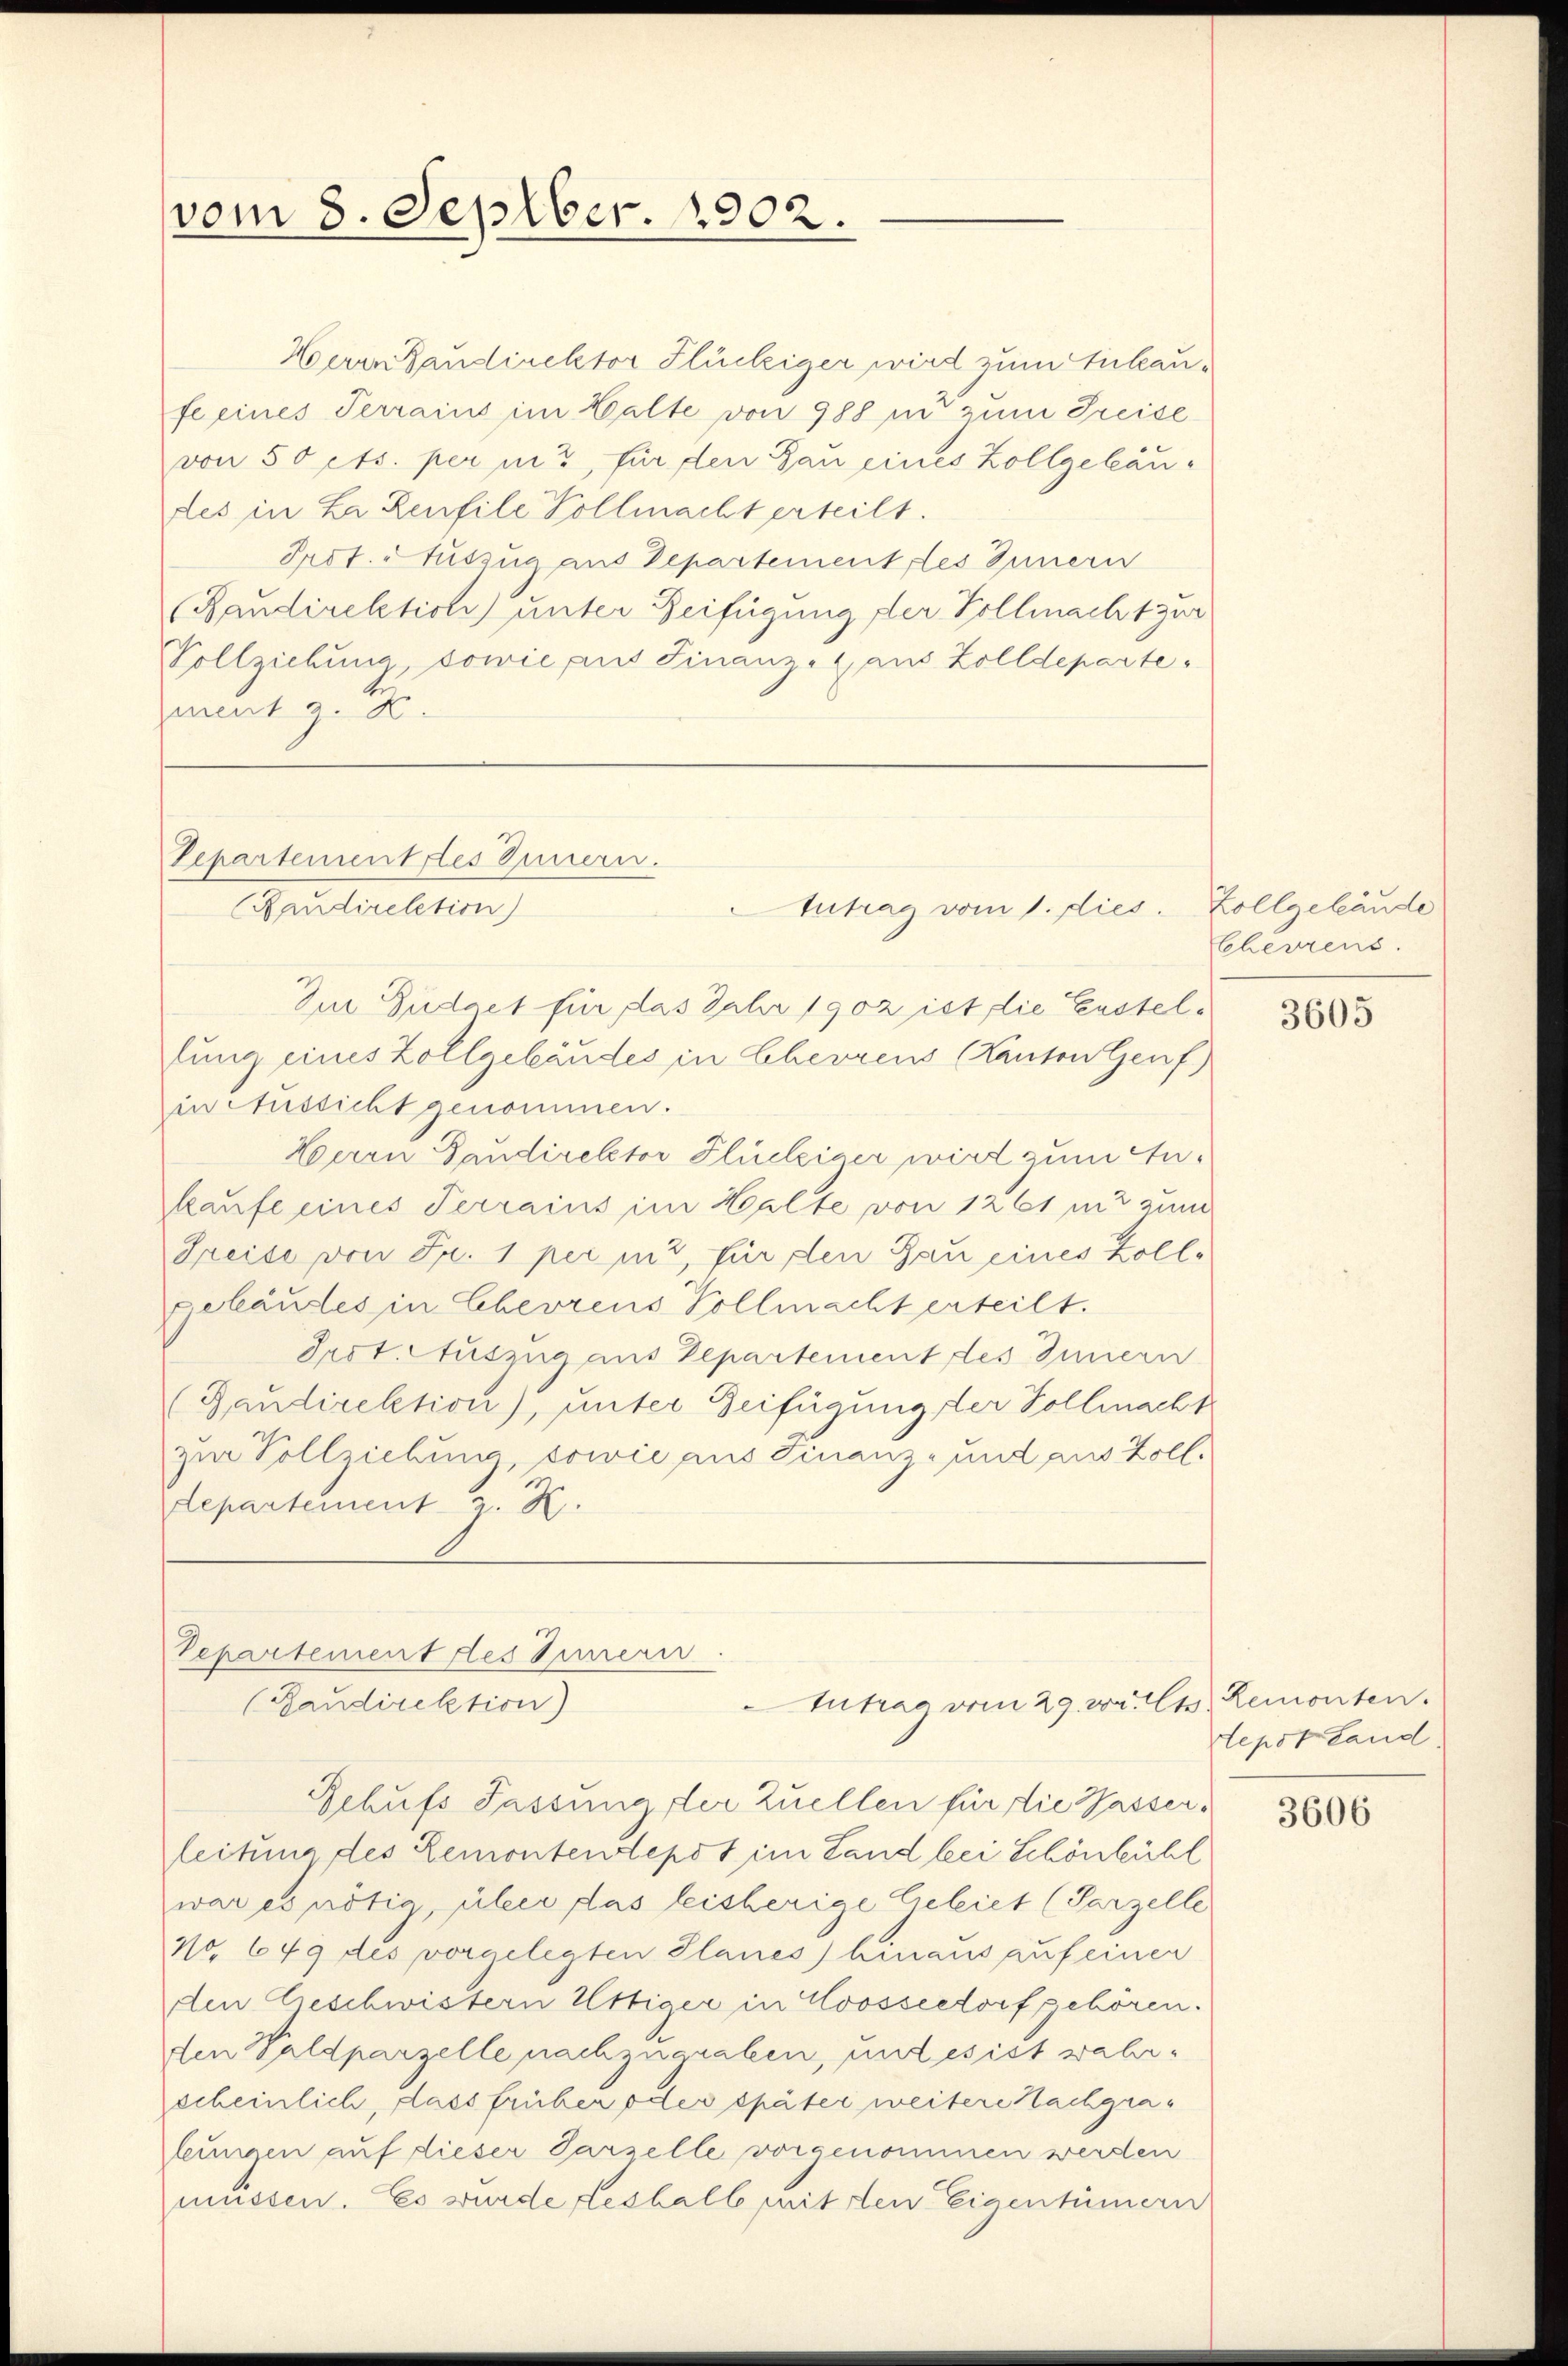
vom 8. Septbr. 1902.

Herrn Bandirektor Flückiger wird zum Anbaufe eines Terrains im Halte von 988 in zum Preise
von 50 cts. per in 3, für den Bau eines Zollgebäudes in L Reufile Vollmacht erteilt.
Prof. Stutzug aus Departement des Innern
Randirektion) unter Beifügung der Vollmacht zur
Vollziehung sowie aus Finanz- (aus Zolldeparte
zamt z. B.

Separtement des Innern.
Candirektion)

Intrag vom 1. dies. Zollgebäude

Zu Gudaet für das Fahr 1902 ist die Erstellung eines Zollgebäudes in Cherrens (Kanton Genf)
in Aussicht genommen.
Herrn Gaudirektor Flückiger wird zum Anhaufe eines Terrains im Halte von 1261 mit zum
Freise von Fr. 1 per inz, für den Bau eines Zollgebäudes in Cherrens Vollmacht erteilt.
Ject. Auszug aus Departement des Innern
Gaudirektion), unter Zeifügung der Vollmacht
zur Vollziehung, sowie aus Finanz- und aus Zoll-
departement z. K.
Separtement des Innern.
Intrag vom 29. v. Es remonten.
(Bandirektion)
Schufs Fassung der zuellen für die Wasserleitung des Lemontendepot im Land bei Schönbühl
war es nötig, über das leisherige Gebiet (Parzelle
No 649 des vorgelegten Planes) hinaus auf einer
den Geschwistern Uttiger in Coossestorf gehören.
den Waldparzelle nachzugraben, und es ist wahrscheinlich, dass früher oder später weitere Nachgra¬
Zungen auf dieser Parzelle vorgenommen werden
müssen. Es wurde deshalb mit den Eigentümern

ECherrens.

3605

tepot Land

3606